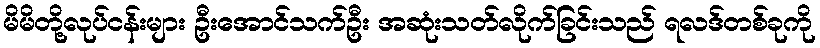
မိမိတို့လုပ်ငန်းများ ဦးအောင်သက်ဦး အဆုံးသတ်လိုက်ခြင်းသည် ရလဒ်တစ်ခုကို